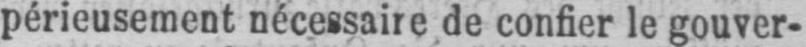
périeusement nécessaire de confier le gouver-